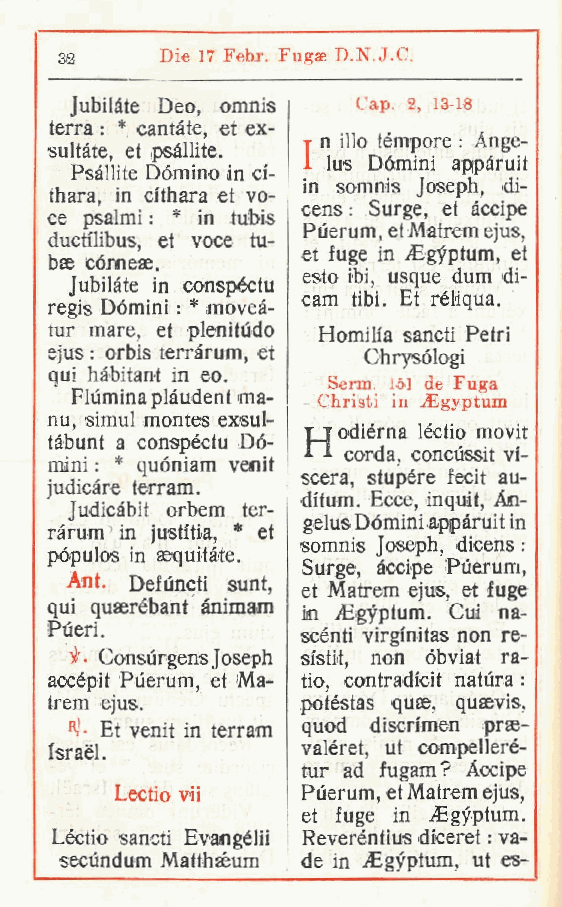
32     Die 17 Febr. Fugae D.N.J.C.
 Jubilàte Deo, omnis Cap. 2, 13-18
 terra : * cantàte et ex-
 ,      y1 n ilio tèmpore : Ange-
 sultàte, et psàllite.
 lus Dòmini appàruit
 Psàllite Dòmino in ci-
 in somnis Joseph, di-
 thara, in cithara et vo-
 cens : Surge, et àccipe
 ce psalmi : * in tubis
 Puerum, etMatrem ejus,
 ductilibus, et voce tu-
 et fuge in iEgyptum, et
 bae cómeee.
 esto ibi, usque dum di-
 Jubilàte in conspéctu
 cam tibi. Et réliqua.
 regis Dòmini : * moveà-
 tur mare, et plenitùdo Homih'a sancti Petri
 ejus : orbis terràrum, et Chrysòlogi
 qui hàbitant in eo.
 Serra. 15] de Fuga
 Flùmina plàudent ma- Christi in yEgyptum
 nu, simul montes exsul-
 TJodièrna léctio movit
 tàbunt a conspéctu Dò-
 "  corda, concùssit vi-
 mini : * quòniam venit
 scera, stupóre fecit au-
 judicàre terram.
 ditum. Ecce, inquit. An-
 Judlcàbit orbem ter-
 gelus Dòmini appàruit in
 ràrum in justitia, * et
 somnis Joseph, dicens :
 pòpulos in aequitée.
 Surge, àccipe Puerum,
 Ant. Defùncti sunt
 , et Matrem ejus, et fuge
 qui quaerébant ànimam in iEgyptum. Cui na-
 Pùeri.
 scènti virgfnitas non re-
 Consùrgens Joseph sistit, non òbviat ra-
 accépit Pùerum et Ma- tio, contradi'cit nattira :
 ,
 trem ejus.       potèstas quae, quaevis,
 "J- Et venit in terram quod discrimen prae-
 Israel.          valéret, ut compellerè-
 tur ad fugam? Accipe
 Lectio vii  Pùerum, et Matrem ejus,
 et fuge in Egyptum.
 Léctio sancti Evangélii Reverèntius dfceret : va-
 secùndum Matthaéum de in iEgyptum, ut es-
 t